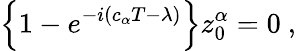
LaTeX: \left\{ 1-e^{-i\left(c_{\alpha}T-\lambda\right)}\right\} z_{0}^{\alpha}=0\ ,